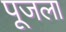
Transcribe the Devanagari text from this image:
पूजला